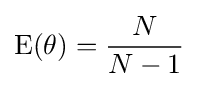
\operatorname {E} (\theta )={\frac {N}{N-1}}